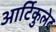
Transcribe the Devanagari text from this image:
आर्टिकुलेट